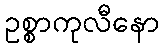
ဥစ္စာကုလီနော